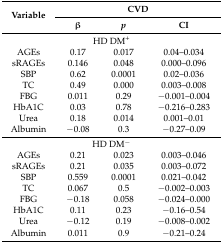
| <ROWSPAN=2> Variable | <COLSPAN=3> CVD |
 | β | p | CI |
 | --- | --- | --- | --- |
 | <COLSPAN=4> HD DM+ |
 | AGEs | 0.17 | 0.017 | 0.04–0.034 |
 | sRAGEs | 0.146 | 0.048 | 0.000–0.096 |
 | SBP | 0.62 | 0.0001 | 0.02–0.036 |
 | TC | 0.49 | 0.000 | 0.003–0.008 |
 | FBG | 0.011 | 0.29 | −0.001–0.004 |
 | HbA1C | 0.03 | 0.78 | −0.216–0.283 |
 | Urea | 0.18 | 0.014 | 0.001–0.01 |
 | Albumin | −0.08 | 0.3 | −0.27–0.09 |
 | <COLSPAN=4> HD DM− |
 | AGEs | 0.21 | 0.023 | 0.003–0.046 |
 | sRAGEs | 0.21 | 0.035 | 0.003–0.072 |
 | SBP | 0.559 | 0.0001 | 0.021–0.042 |
 | TC | 0.067 | 0.5 | −0.002–0.003 |
 | FBG | −0.18 | 0.058 | −0.024–0.000 |
 | HbA1C | 0.11 | 0.23 | −0.16–0.54 |
 | Urea | −0.12 | 0.19 | −0.008–0.002 |
 | Albumin | 0.011 | 0.9 | −0.21–0.24 |